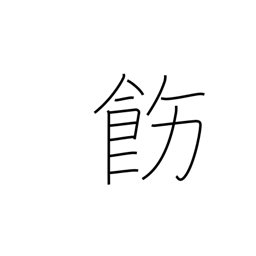
Meaning: rectify